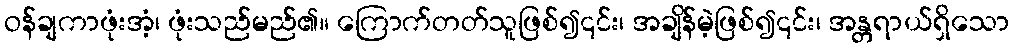
ဝန်ချကာဖုံးအံ့၊ ဖုံးသည်မည်၏။ ကြောက်တတ်သူဖြစ်၍၎င်း၊ အချိန်မဲ့ဖြစ်၍၎င်း၊ အန္တရာယ်ရှိသော